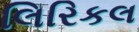
લિરિકલ